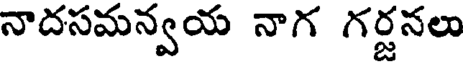
నాదసమన్వయ నాగ గర్జనలు